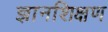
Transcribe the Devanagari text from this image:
ज्ञानशिक्षण